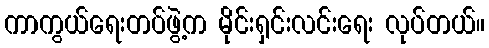
ကာကွယ်ရေးတပ်ဖွဲ့က မိုင်းရှင်းလင်းရေး လုပ်တယ်။